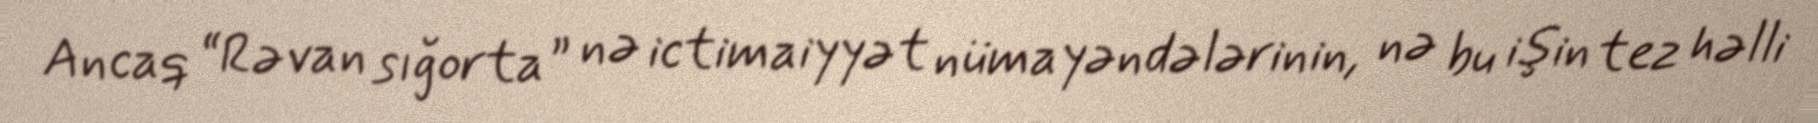
Ancaq “Rəvan sığorta” nə ictimaiyyət nümayəndələrinin, nə bu işin tez həlli